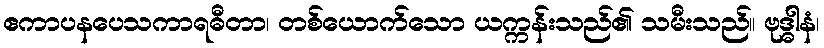
ဧကာပနပေသကာရဓီတာ၊ တစ်ယောက်သော ယက္ကန်းသည်၏ သမီးသည်။ ဗုဒ္ဓါနံ၊